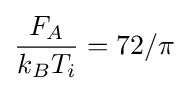
{\frac {F_{A}}{k_{B}T_{i}}}=72/\pi